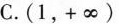
C.(1，+∝